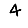
Digit: 4